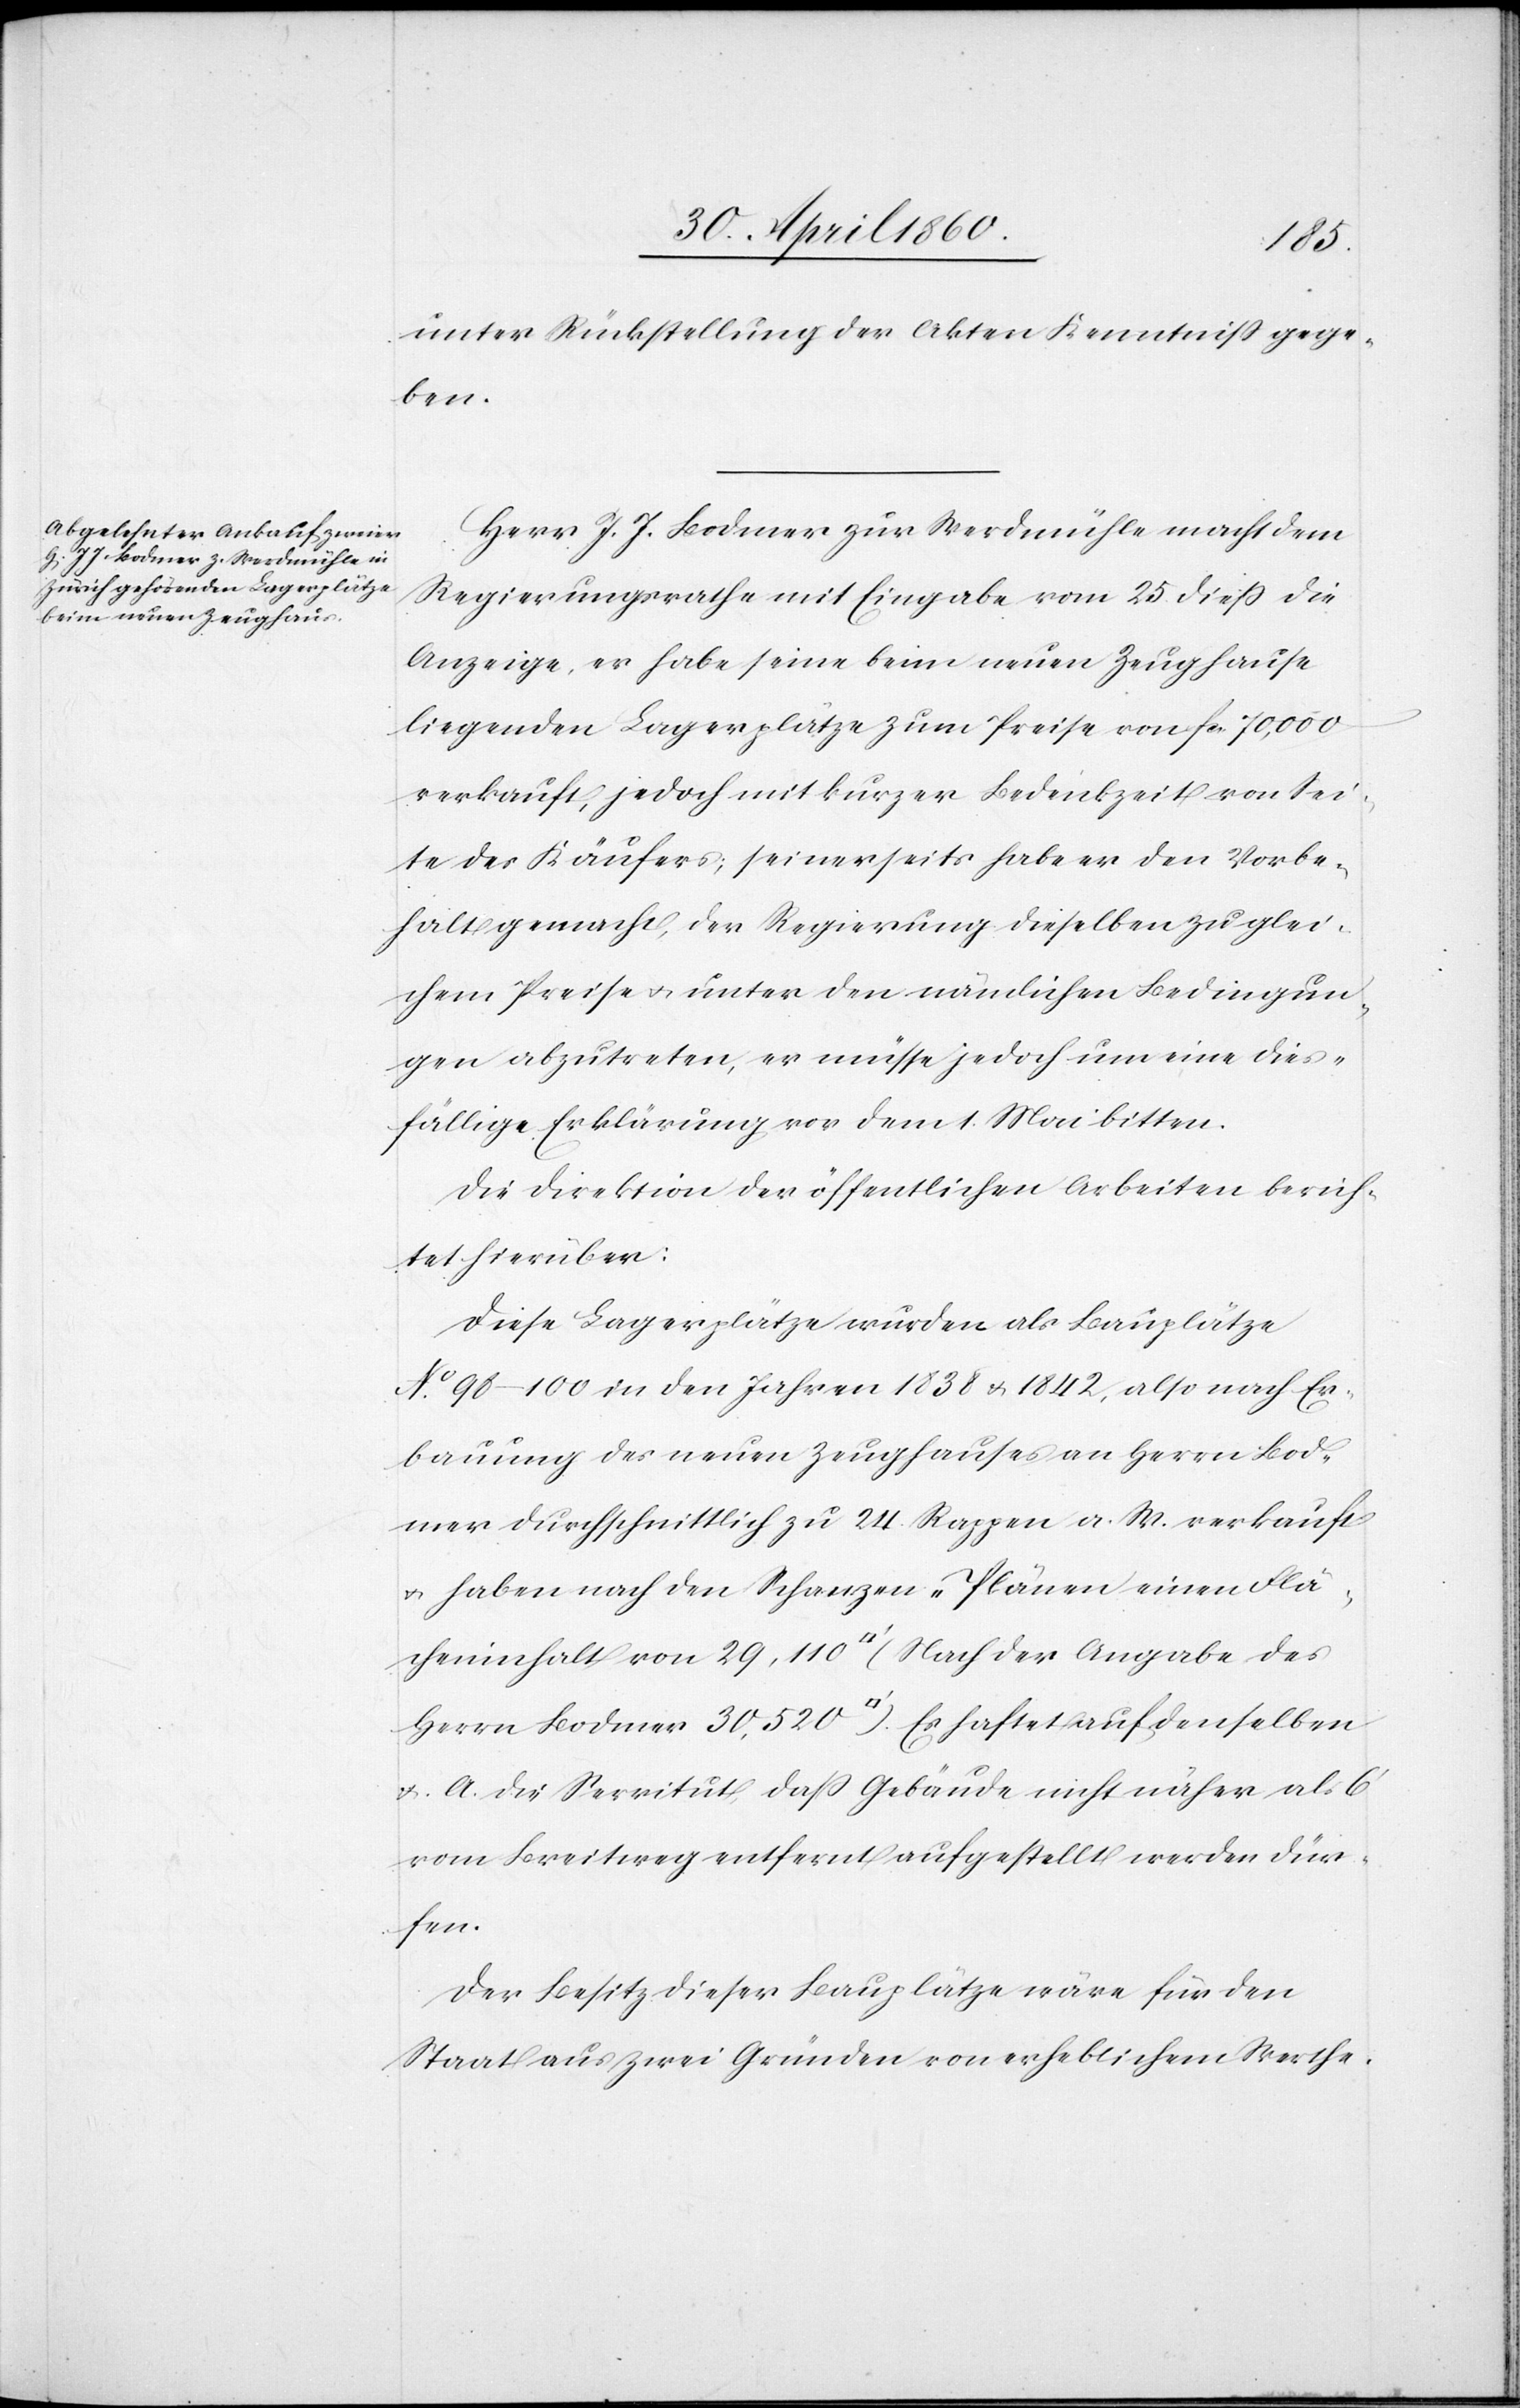
unter Rückstellung der Akten Kenntniss gege¬
ben.
Herr J. J. Bodmer zur Werdmühle macht dem
Regierungsrathe mit Eingabe vom 25. diess die
Anzeige, er habe seine beim neuen Zeughause
liegenden Lagerplätze zum Preise von fr. 70,000
verkauft, jedoch mit kurzer Bedenkzeit von Sei¬
te des Käufers; seinerseits habe er den Vorbe¬
halt gemacht, der Regierung dieselben zu glei¬
chem Preise u. unter den nämlichen Bedingun¬
gen abzutreten, er müsse jedoch um eine dies¬
fällige Erklärung vor dem 1. Mai bitten.
Die Direktion der öffentlichen Arbeiten berich¬
tet hierüber:
Diese Lagerplätze wurden als Bauplätze
No 98–100 in den Jahren 1838 u. 1842, also nach Er¬
bauung des neuen Zeughauses an Herrn Bod¬
mer durchschnittlich zu 24 Rappen a. W. verkauft
u. haben nach den Schanzen-Plänen einen Flä¬
cheninhalt von 29,110 [Quadratfuss] (nach der Angabe des
Herrn Bodmer 30,520 [Quadratfuss]) Es haftet auf denselben
u. A. die Servitut, dass Gebäude nicht näher als 6’
vom Breitweg entfernt aufgestellt werden dür¬
fen.
Der Besitz dieser Bauplätze wäre für den
Staat aus zwei Gründen von erheblichem Werthe.